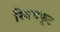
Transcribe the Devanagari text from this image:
स्विचफूट